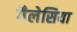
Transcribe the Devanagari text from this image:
गैलेसिया